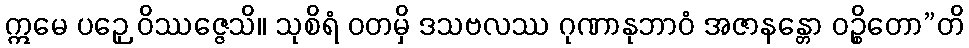
ဣမေ ပဉှေ ဝိဿဇ္ဇေသိ။ သုစိရံ ဝတမှိ ဒသဗလဿ ဂုဏာနုဘာဝံ အဇာနန္တော ဝဉ္စိတော”တိ